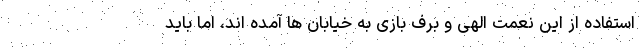
استفاده از این نعمت الهی و برف بازی به خیابان ها آمده اند، اما باید